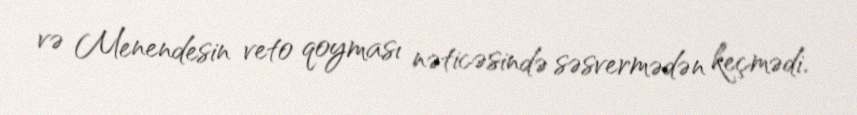
və Menendesin veto qoyması nəticəsində səsvermədən keçmədi.